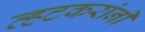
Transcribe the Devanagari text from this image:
व्हटकरांनी